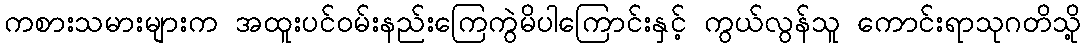
ကစားသမားများက အထူးပင်ဝမ်းနည်းကြေကွဲမိပါကြောင်းနှင့် ကွယ်လွန်သူ ကောင်းရာသုဂတိသို့